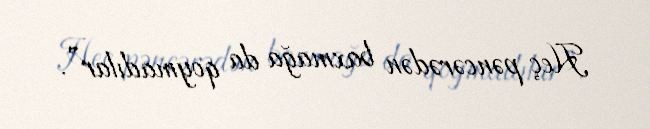
Heç pəncərədən baxmağa da qoymadılar”.